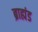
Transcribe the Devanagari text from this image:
ब्राह्मंड